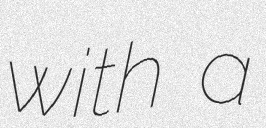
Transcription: with a